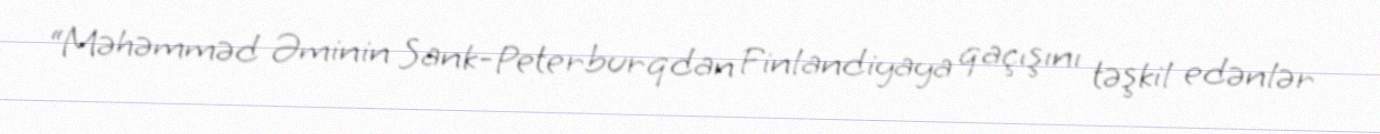
“Məhəmməd Əminin Sank-Peterburqdan Finlandiyaya qaçışını təşkil edənlər